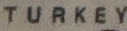
TURKEY